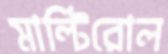
মাল্টিরোল